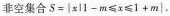
非空集合$$S = | x | 1 - m ≤ x ≤ 1 + m |$$.